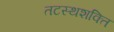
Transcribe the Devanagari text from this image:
तटस्थशक्ति